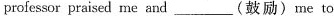
professor praised me and___(鼓励)me to